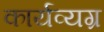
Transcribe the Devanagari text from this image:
कार्यव्यग्र